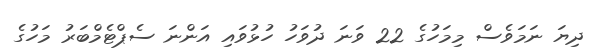
ދިޔަ ނަމަވެސް މިމަހުގެ 22 ވަނަ ދުވަހު ހުޅުވައި އަންނަ ސެޕްޓެމްބަރު މަހުގެ